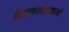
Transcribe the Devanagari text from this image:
निदानशालाकर्मी